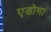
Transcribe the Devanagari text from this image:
एडोमा